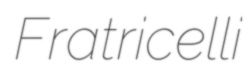
Fratricelli